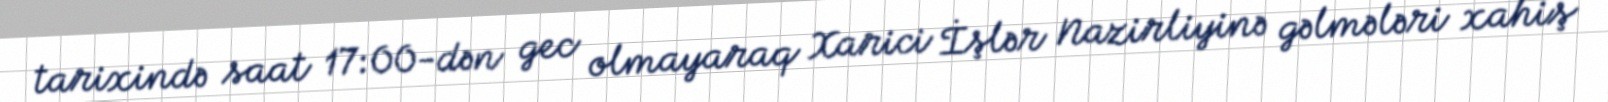
tarixində saat 17:00-dən gec olmayaraq Xarici İşlər Nazirliyinə gəlmələri xahiş